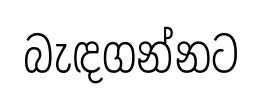
බැඳගන්නට